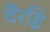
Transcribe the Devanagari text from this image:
वैरञ्चि